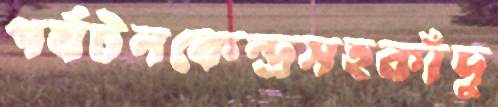
পর্যটনকেন্দ্রসহকাঁদু